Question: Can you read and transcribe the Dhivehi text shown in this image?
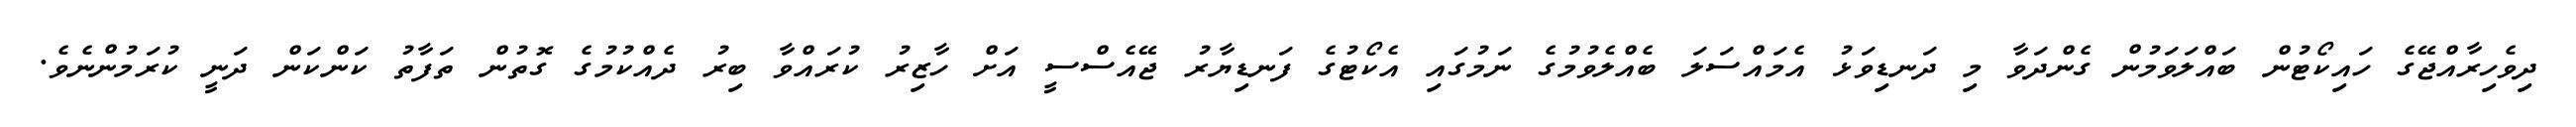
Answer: ދިވެހިރާއްޖޭގެ ހައިކޯޓުން ބައްލަވަމުން ގެންދަވާ މި ދަނޑިވަޅު އެމައްސަލަ ބެއްލެވުމުގެ ނަމުގައި އެކޯޓުގެ ފަނޑިޔާރު ޖޭއެސްސީ އަށް ހާޒިރު ކުރައްވާ ބިރު ދެއްކުމުގެ ގޮތުން ތަފާތު ކަންކަން ދަނީ ކުރަމުންނެވެ.